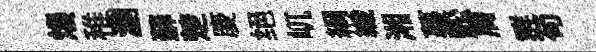
熳稚瀏蘚楚庱绝屼綱纖湘蔓鈆屑群苟